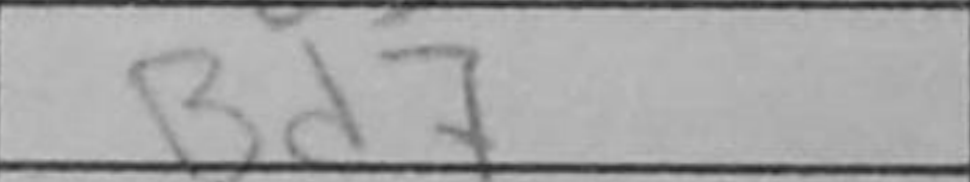
Transcription: Bd7